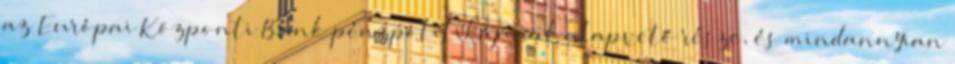
az Európai Központi Bank pénzpolitikájának alapvető része, és mindannyian